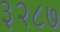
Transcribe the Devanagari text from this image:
३२८७